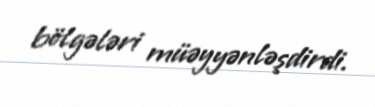
bölgələri müəyyənləşdirdi.